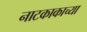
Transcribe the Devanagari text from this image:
नाटकाकाच्या